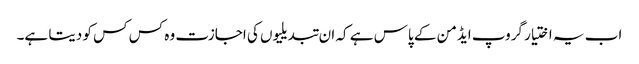
اب یہ اختیار گروپ ایڈمن کے پاس ہے کہ ان تبدیلیوں کی اجازت وہ کس کس کو دیتا ہے۔